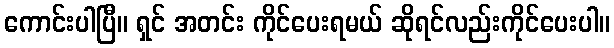
ကောင်းပါပြီ။ ရှင် အတင်း ကိုင်ပေးရမယ် ဆိုရင်လည်းကိုင်ပေးပါ။